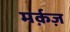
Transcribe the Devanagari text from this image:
मर्क़ज़